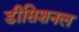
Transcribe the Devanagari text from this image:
डीसिशनल